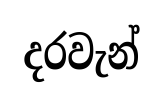
දරවැන්